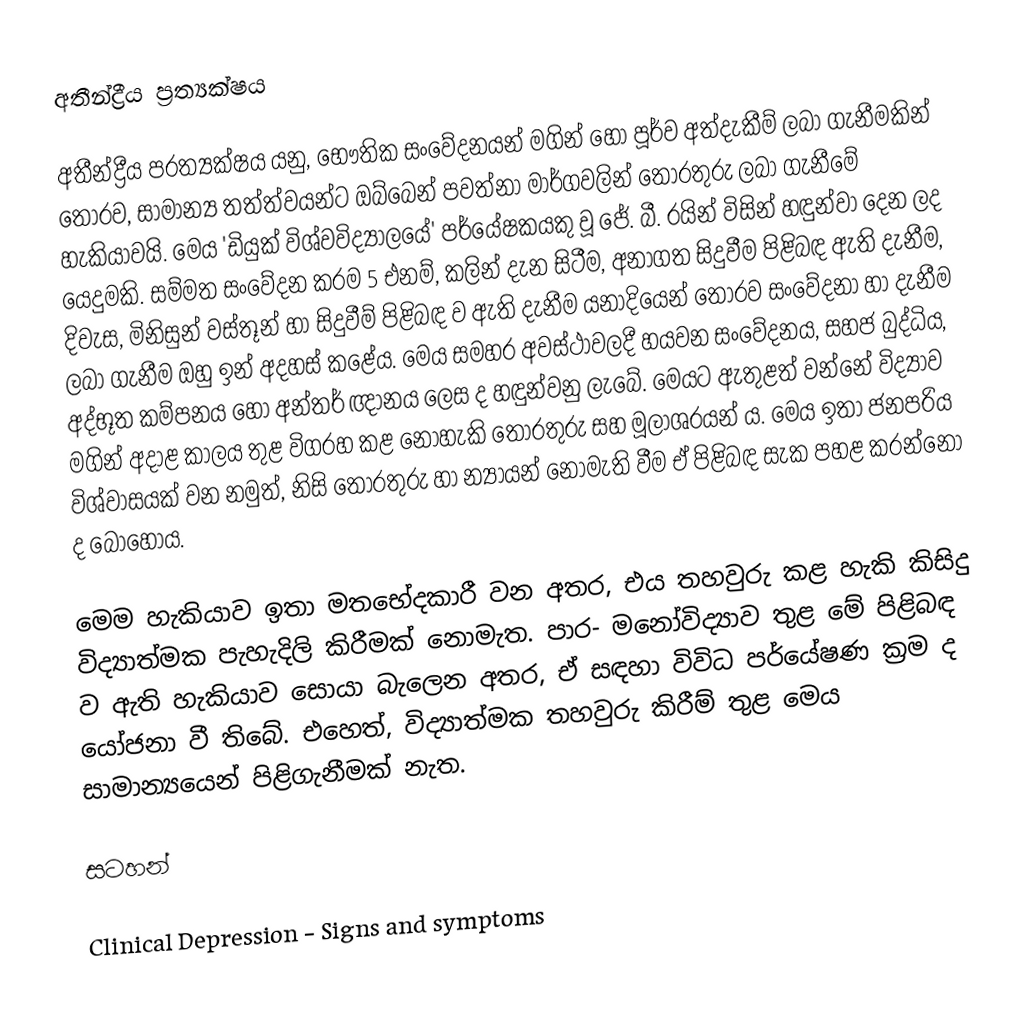
අතීන්ද්‍රීය ප‍්‍රත්‍යක්ෂය

අතීන්ද්‍රීය ප‍්‍රත්‍යක්ෂය යනු, භෞතික සංවේදනයන් මගින් හෝ පූර්ව අත්දැකීම් ලබා ගැනීමකින් තොරව, සාමාන්‍ය තත්ත්වයන්ට ඔබ්බෙන් පවත්නා මාර්ගවලින් තොරතුරු ලබා ගැනීමේ හැකියාවයි. මෙය 'ඩියුක් විශ්වවිද්‍යාලයේ' පර්යේෂකයකු වූ ජේ. බී. රයින් විසින් හඳුන්වා දෙන ලද යෙදුමකි. සම්මත සංවේදන ක‍්‍රම 5 එනම්, කලින් දැන සිටීම, අනාගත සිදුවීම පිළිබඳ ඇති දැනීම, දිවැස, මිනිසුන් වස්තූන් හා සිදුවීම් පිළිබඳ ව ඇති දැනීම යනාදියෙන් තොරව සංවේදනා හා දැනීම ලබා ගැනීම ඔහු ඉන් අදහස් කළේය. මෙය සමහර අවස්ථාවලදී හයවන සංවේදනය, සහජ බුද්ධිය, අද්භූත කම්පනය හෝ අන්තර් ඥානය ලෙස ද හඳුන්වනු ලැබේ. මෙයට ඇතුළත් වන්නේ විද්‍යාව මගින් අදාළ කාලය තුළ විග‍්‍රහ කළ නොහැකි තොරතුරු සහ මූලාශ‍්‍රයන් ය. මෙය ඉතා ජනප‍්‍රිය විශ්වාසයක් වන නමුත්, නිසි තොරතුරු හා න්‍යායන් නොමැති වීම ඒ පිළිබඳ සැක පහළ කරන්නෝ ද බොහෝය.

මෙම හැකියාව ඉතා මතභේදකාරී වන අතර, එය තහවුරු කළ හැකි කිසිදු විද්‍යාත්මක පැහැදිලි කිරීමක් නොමැත. පාර- මනෝවිද්‍යාව තුළ මේ පිළිබඳ ව ඇති හැකියාව සොයා බැලෙන අතර, ඒ සඳහා විවිධ පර්යේෂණ ක‍්‍රම ද යෝජනා වී තිබේ. එහෙත්, විද්‍යාත්මක තහවුරු කිරීම් තුළ මෙය සාමාන්‍යයෙන් පිළිගැනීමක් නැත.

සටහන්

Clinical Depression - Signs and symptoms